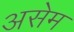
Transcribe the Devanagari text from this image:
असेम